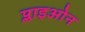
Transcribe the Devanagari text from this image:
प्लाइओन